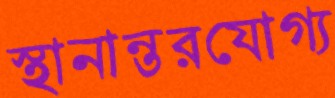
স্থানান্তরযোগ্য